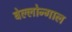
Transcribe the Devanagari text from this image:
बेल्लोन्गाल